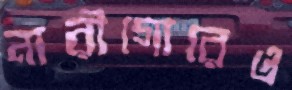
নারীগোরেও